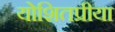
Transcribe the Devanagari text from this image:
योशितप्रीया